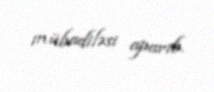
mübadiləsi aparıb.